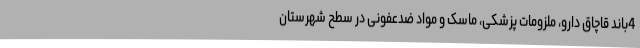
4باند قاچاق دارو، ملزومات پزشکی، ماسک و مواد ضدعفونی در سطح شهرستان